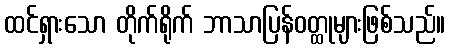
ထင်ရှားသော တိုက်ရိုက် ဘာသာပြန်ဝတ္ထုများဖြစ်သည်။